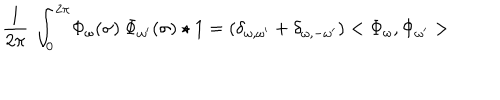
\frac { 1 } { 2 \pi } \: \int _ { 0 } ^ { 2 \pi } \! \Phi _ { \omega } ( \sigma ) \: \Phi _ { \omega ^ { \prime } } ( \sigma ) \star 1 = ( \delta _ { \omega , \omega ^ { \prime } } + \delta _ { \omega , - \omega ^ { \prime } } ) < \Phi _ { \omega } , \Phi _ { \omega ^ { \prime } } >